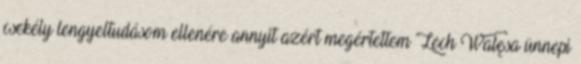
csekély lengyeltudásom ellenére annyit azért megértettem Lech Wałęsa ünnepi